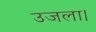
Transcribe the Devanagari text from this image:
उजला।